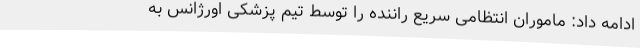
ادامه داد: ماموران انتظامی سریع راننده را توسط تیم پزشکی اورژانس به